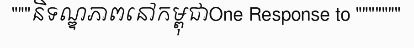
"""និទណ្ឌភាពនៅកម្ពុជាOne Response to """""""